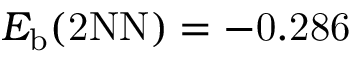
E _ { \mathrm { b } } ( \mathrm { { 2 N N } ) = - 0 . 2 8 6 }